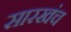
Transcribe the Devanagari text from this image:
सारखंच